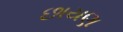
છાયણ